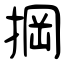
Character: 掆